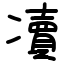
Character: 凟